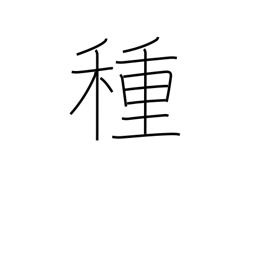
Meaning: seed